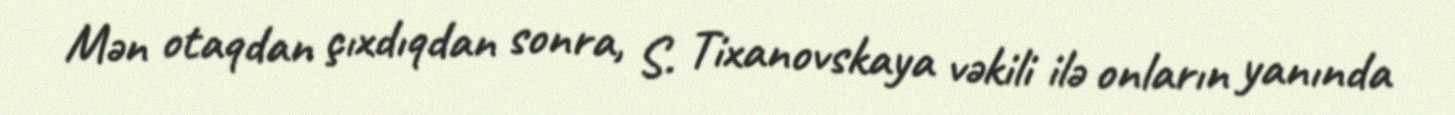
Mən otaqdan çıxdıqdan sonra, S. Tixanovskaya vəkili ilə onların yanında